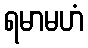
ရမာမဟံ